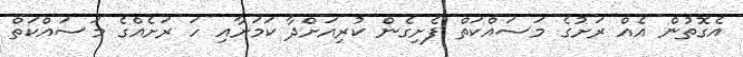
އެގޮތުން އެއް ރަށުގެ މަސައްކަތް ފެށިގެން ކުރިއަށްދާ ކަމަށާއި ހަ ރަށެއްގެ މަސައްކަތް